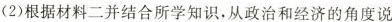
(2)根据材料二并结合所学知识，从政治和经济的角度说